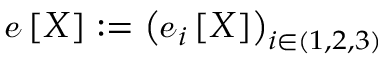
\boldsymbol { \mathscr { e } } \left[ X \right] : = \left( \boldsymbol { \mathscr { e } } _ { i } \left[ X \right] \right) _ { i \in ( 1 , 2 , 3 ) }